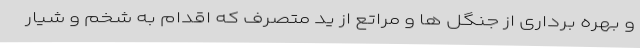
و بهره برداری از جنگل ها و مراتع از ید متصرف که اقدام به شخم و شیار